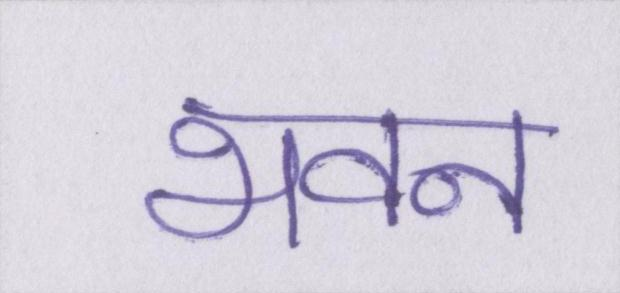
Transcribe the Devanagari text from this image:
भवन